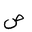
Letter: _sad